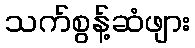
သက်စွန့်ဆံဖျား